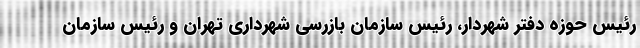
رئیس حوزه دفتر شهردار، رئیس سازمان بازرسی شهرداری تهران و رئیس سازمان